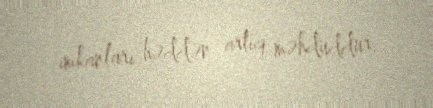
imkanları həddən artıq məhduddur.